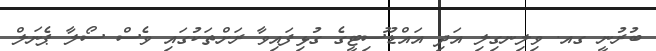
ބުރުނީ ގއ. ވިލިނގިލި އަދި އައްޑޫސިޓީގެ ގުޅިފައިވާ ރަށްތަކުގައި ވެސް ސޯލާ ޕެނަލް